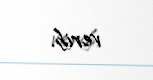
verib.